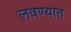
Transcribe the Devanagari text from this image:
लवण्यात